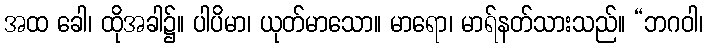
အထ ခေါ၊ ထိုအခါ၌။ ပါပိမာ၊ ယုတ်မာသော။ မာရော၊ မာရ်နတ်သားသည်။ “ဘဂဝါ၊